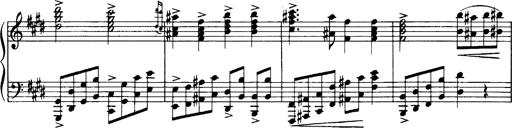
Title: OuvertÃ¼re zu TannhÃ¤user
Composer: Franz Liszt